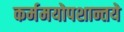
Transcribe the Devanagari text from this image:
कर्ममयोपशान्तये